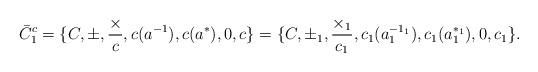
LaTeX: \begin{align*} \bar{C}^{c}_{1}= \{C,\pm,\frac{\times}{c},c(a^{-1}),c(a^{*}), 0,c\}=\{C,\pm_{1},\frac{\times_{1}} {c_{1}},c_{1}(a_{1}^{-1_{1}}),c_{1}(a_{1}^{*_{1}}),0,c_{1}\}.\end{align*}